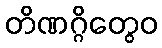
တိဏဂ္ဂိတွေဝ